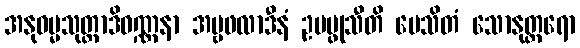
အနုဓမ္မသုတ္တာဒိဝဏ္ဏနာ အမ္ဗဖလာဒီနံ ဥပပ္ဖုသီတိ ပေသိတံ သောနုတ္တရော